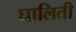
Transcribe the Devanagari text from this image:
घालिती